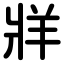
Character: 牂